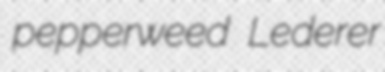
pepperweed Lederer